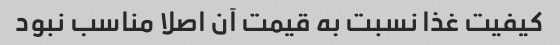
کیفیت غذا نسبت به قیمت آن اصلا مناسب نبود